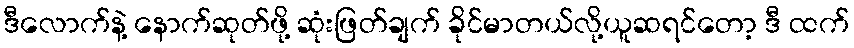
ဒီလောက်နဲ့ နောက်ဆုတ်ဖို့ ဆုံးဖြတ်ချက် ခိုင်မာတယ်လို့ယူဆရင်တော့ ဒီ ထက်